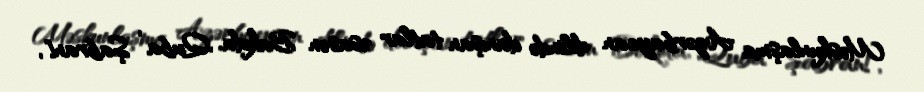
Məskunlaşma Azərbaycan dilində danışan tatlar əsasən Bakıda, Quba , Şabran[,